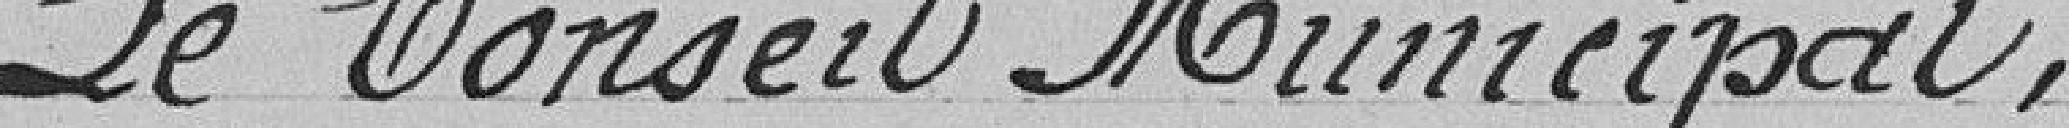
Le Conseil Municipal